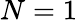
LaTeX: N=1